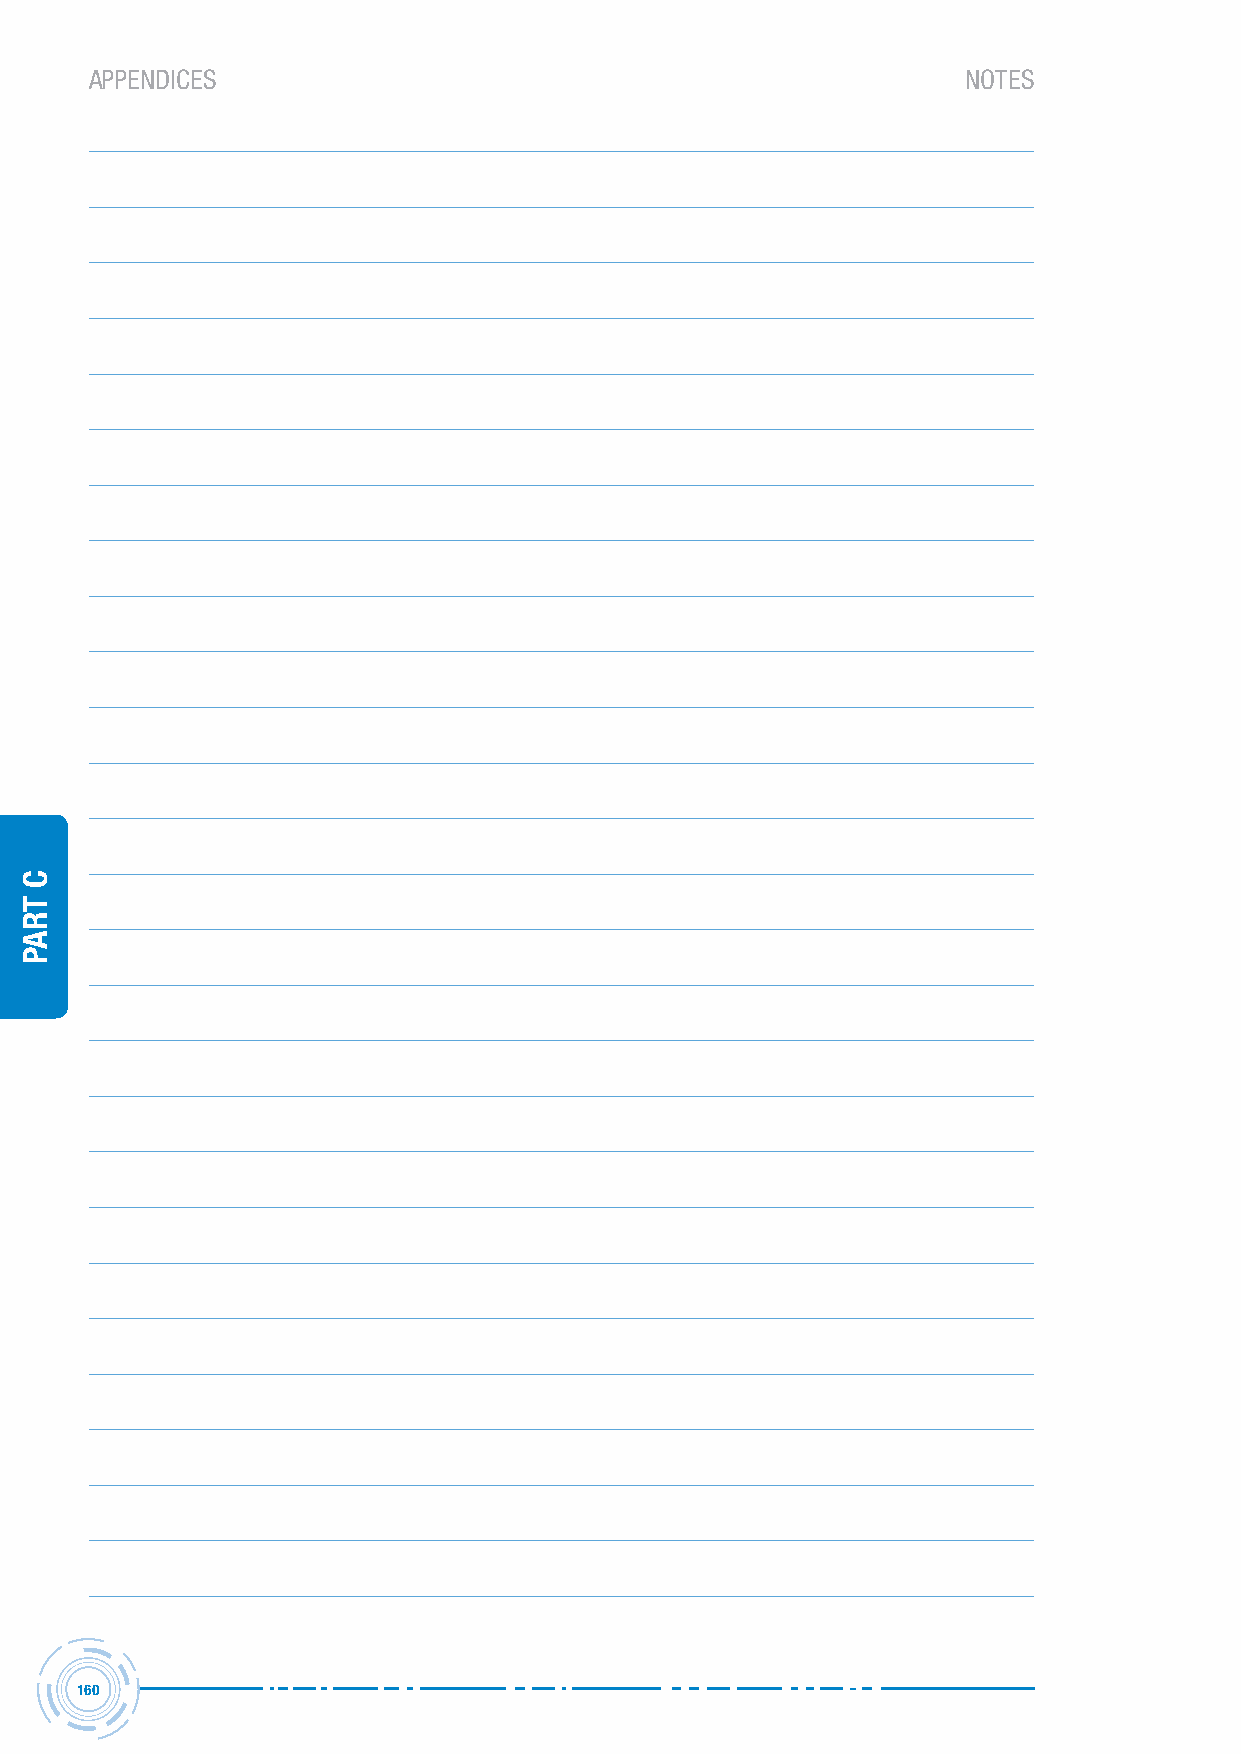
APPENDICES                                                noteS
 160
 C
 traP